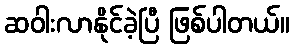
ဆဝါးလာနိုင်ခဲ့ပြီ ဖြစ်ပါတယ်။